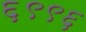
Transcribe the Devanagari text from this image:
६९९६